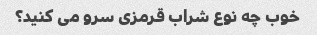
خوب چه نوع شراب قرمزی سرو می کنید؟